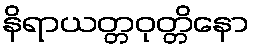
နိရာယတ္တဝုတ္တိနော